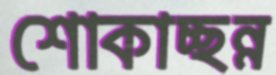
শোকাচ্ছন্ন